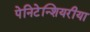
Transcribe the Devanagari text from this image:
पेनिटेन्शियरीया